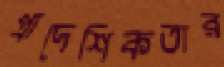
প্রাদেশিকতার